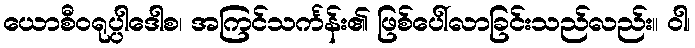
ယောစီဝရုပ္ပါဒေါစ၊ အကြင်သင်္ကန်း၏ ဖြစ်ပေါ်လာခြင်းသည်လည်း။ ဝါ၊